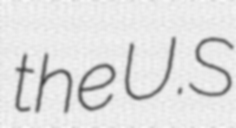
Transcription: the U.S